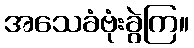
အသေခံဗုံးခွဲကြ။